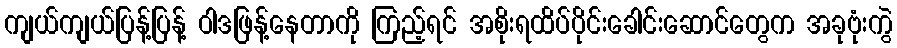
ကျယ်ကျယ်ပြန့်ပြန့် ဝါဒဖြန့်နေတာကို ကြည့်ရင် အစိုးရထိပ်ပိုင်းခေါင်းဆောင်တွေက အခုဗုံးကွဲ